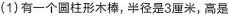
(1)有一个圆柱形木棒，半径是3厘米，高是